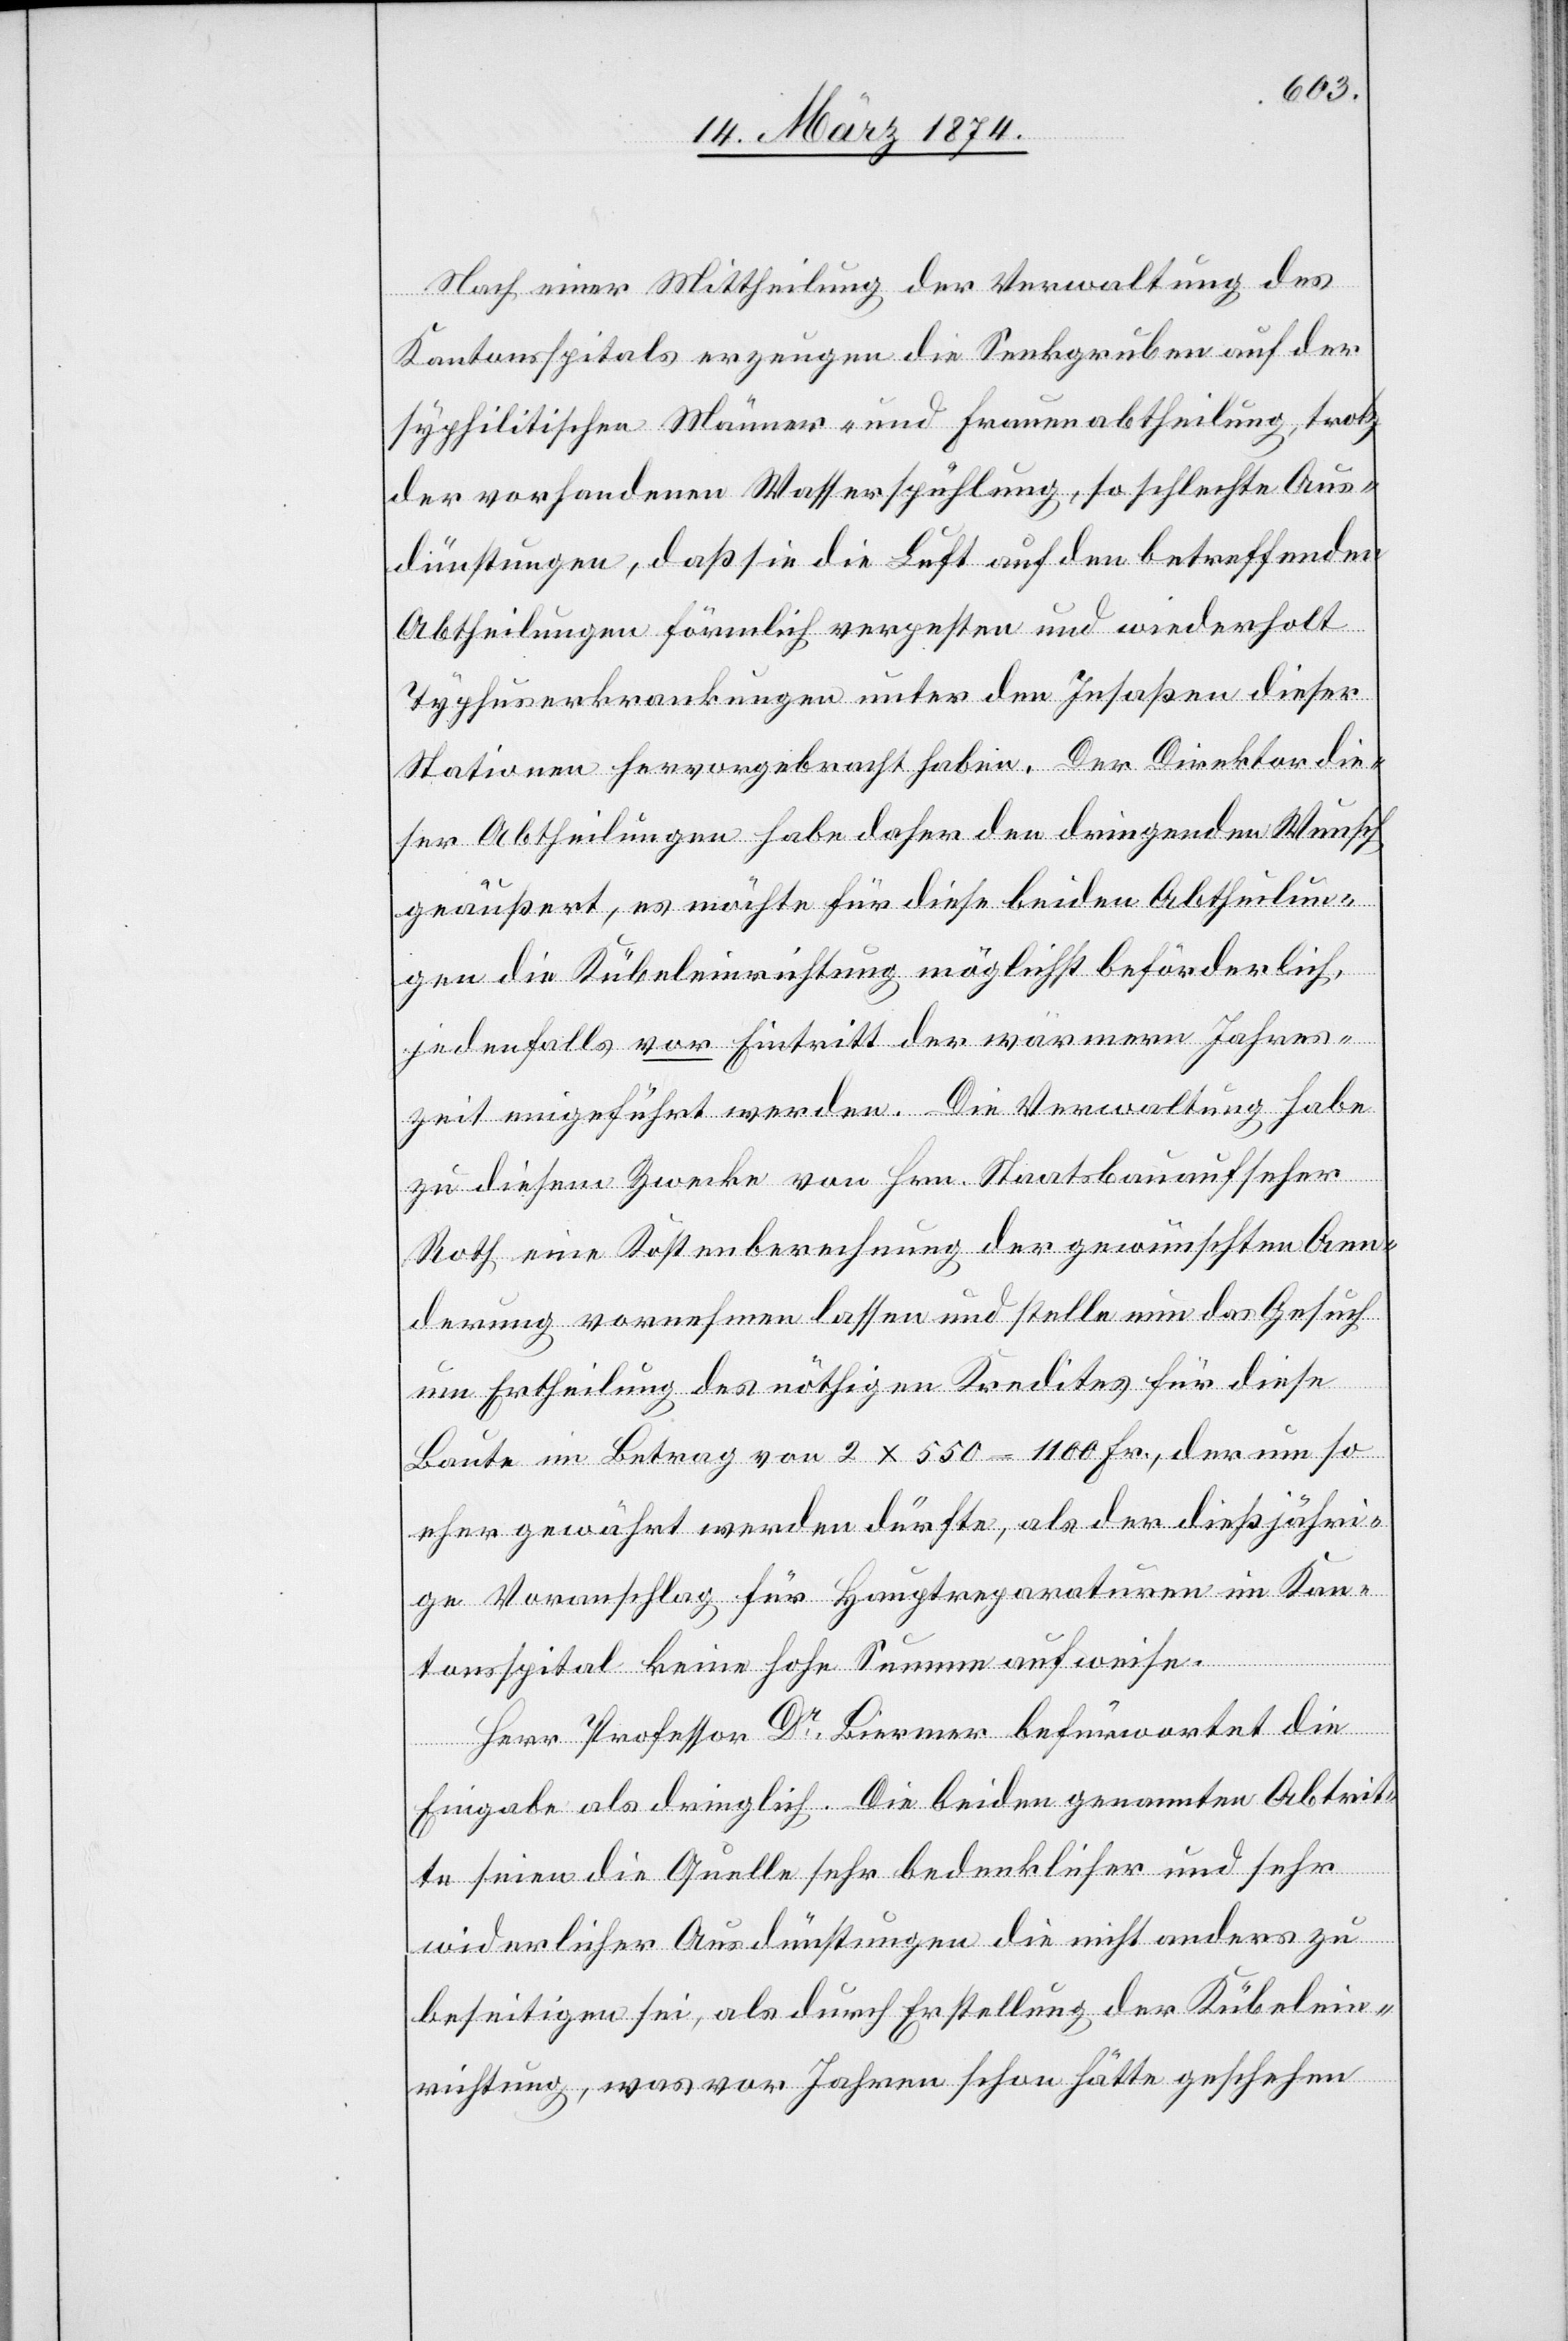
Nach einer Mittheilung der Verwaltung des
Kantonsspitals erzeugen die Senkgruben auf der
syphilitischen Männer- und Frauenabtheilung, trotz
der vorhandenen Wasserspühlung, so schlechte Aus¬
dünstungen, daß sie die Luft auf den betreffenden
Abtheilungen förmlich verpesten und wiederholt
Typhuserkrankungen unter den Insaßen dieser
Stationen hervorgebracht haben. Der Direktor die¬
ser Abtheilung habe daher den dringenden Wunsch
geäußert, es möchte für diese beiden Abtheilun¬
gen die Kübeleinrichtung möglichst beförderlich,
jedenfalls vor Eintritt der wärmern Jahres¬
zeit eingeführt werden. Die Verwaltung habe
zu diesem Zwecke von Hrn. Staatsbauaufseher
Roth eine Kostenberechnung der gewünschten Aen¬
derung vornehmen lassen und stelle nun das Gesuch
um Ertheilung des nöthigen Kredites für diese
Baute im Betrag von 2 x 550–1100 Fr., der um so
eher gewährt werden dürfte, als der dießjähri¬
ge Voranschlag für Hauptreparaturen im Kan¬
tonsspital keine hohe Summe aufweise.
Herr Professor Dr. Biermer befürwortet die
Eingabe als dringlich. Die beiden genannten Abtrit¬
te seien die Quelle sehr bedenklicher und sehr
widerlicher Ausdünstungen die nicht anders zu
beseitigen sei, als durch Erstellung der Kübelein¬
richtung, was vor Jahren schon hätte geschehen